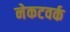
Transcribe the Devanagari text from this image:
नेकटवर्क